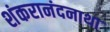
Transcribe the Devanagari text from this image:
शंकरानंदनाथा